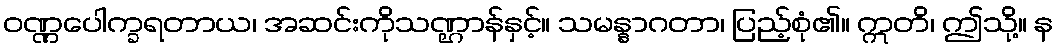
ဝဏ္ဏပေါက္ခရတာယ၊ အဆင်းကိုသဏ္ဌာန်နှင့်။ သမန္နာဂတာ၊ ပြည့်စုံ၏။ ဣတိ၊ ဤသို့။ န